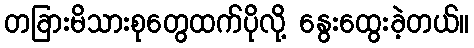
တခြားမိသားစုတွေထက်ပိုလို့ နွေးထွေးခဲ့တယ်။